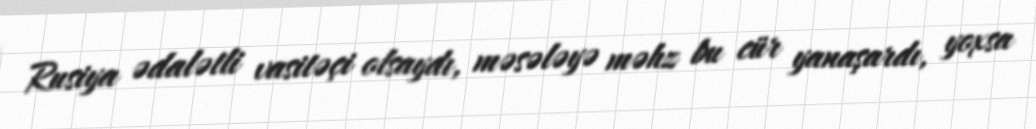
Rusiya ədalətli vasitəçi olsaydı, məsələyə məhz bu cür yanaşardı, yoxsa